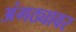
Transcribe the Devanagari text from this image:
अंगठ्यावर